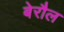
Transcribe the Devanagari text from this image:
बेरौल